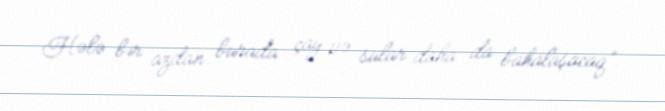
Hələ bir azdan burada çay və sular daha da bahalaşacaq".